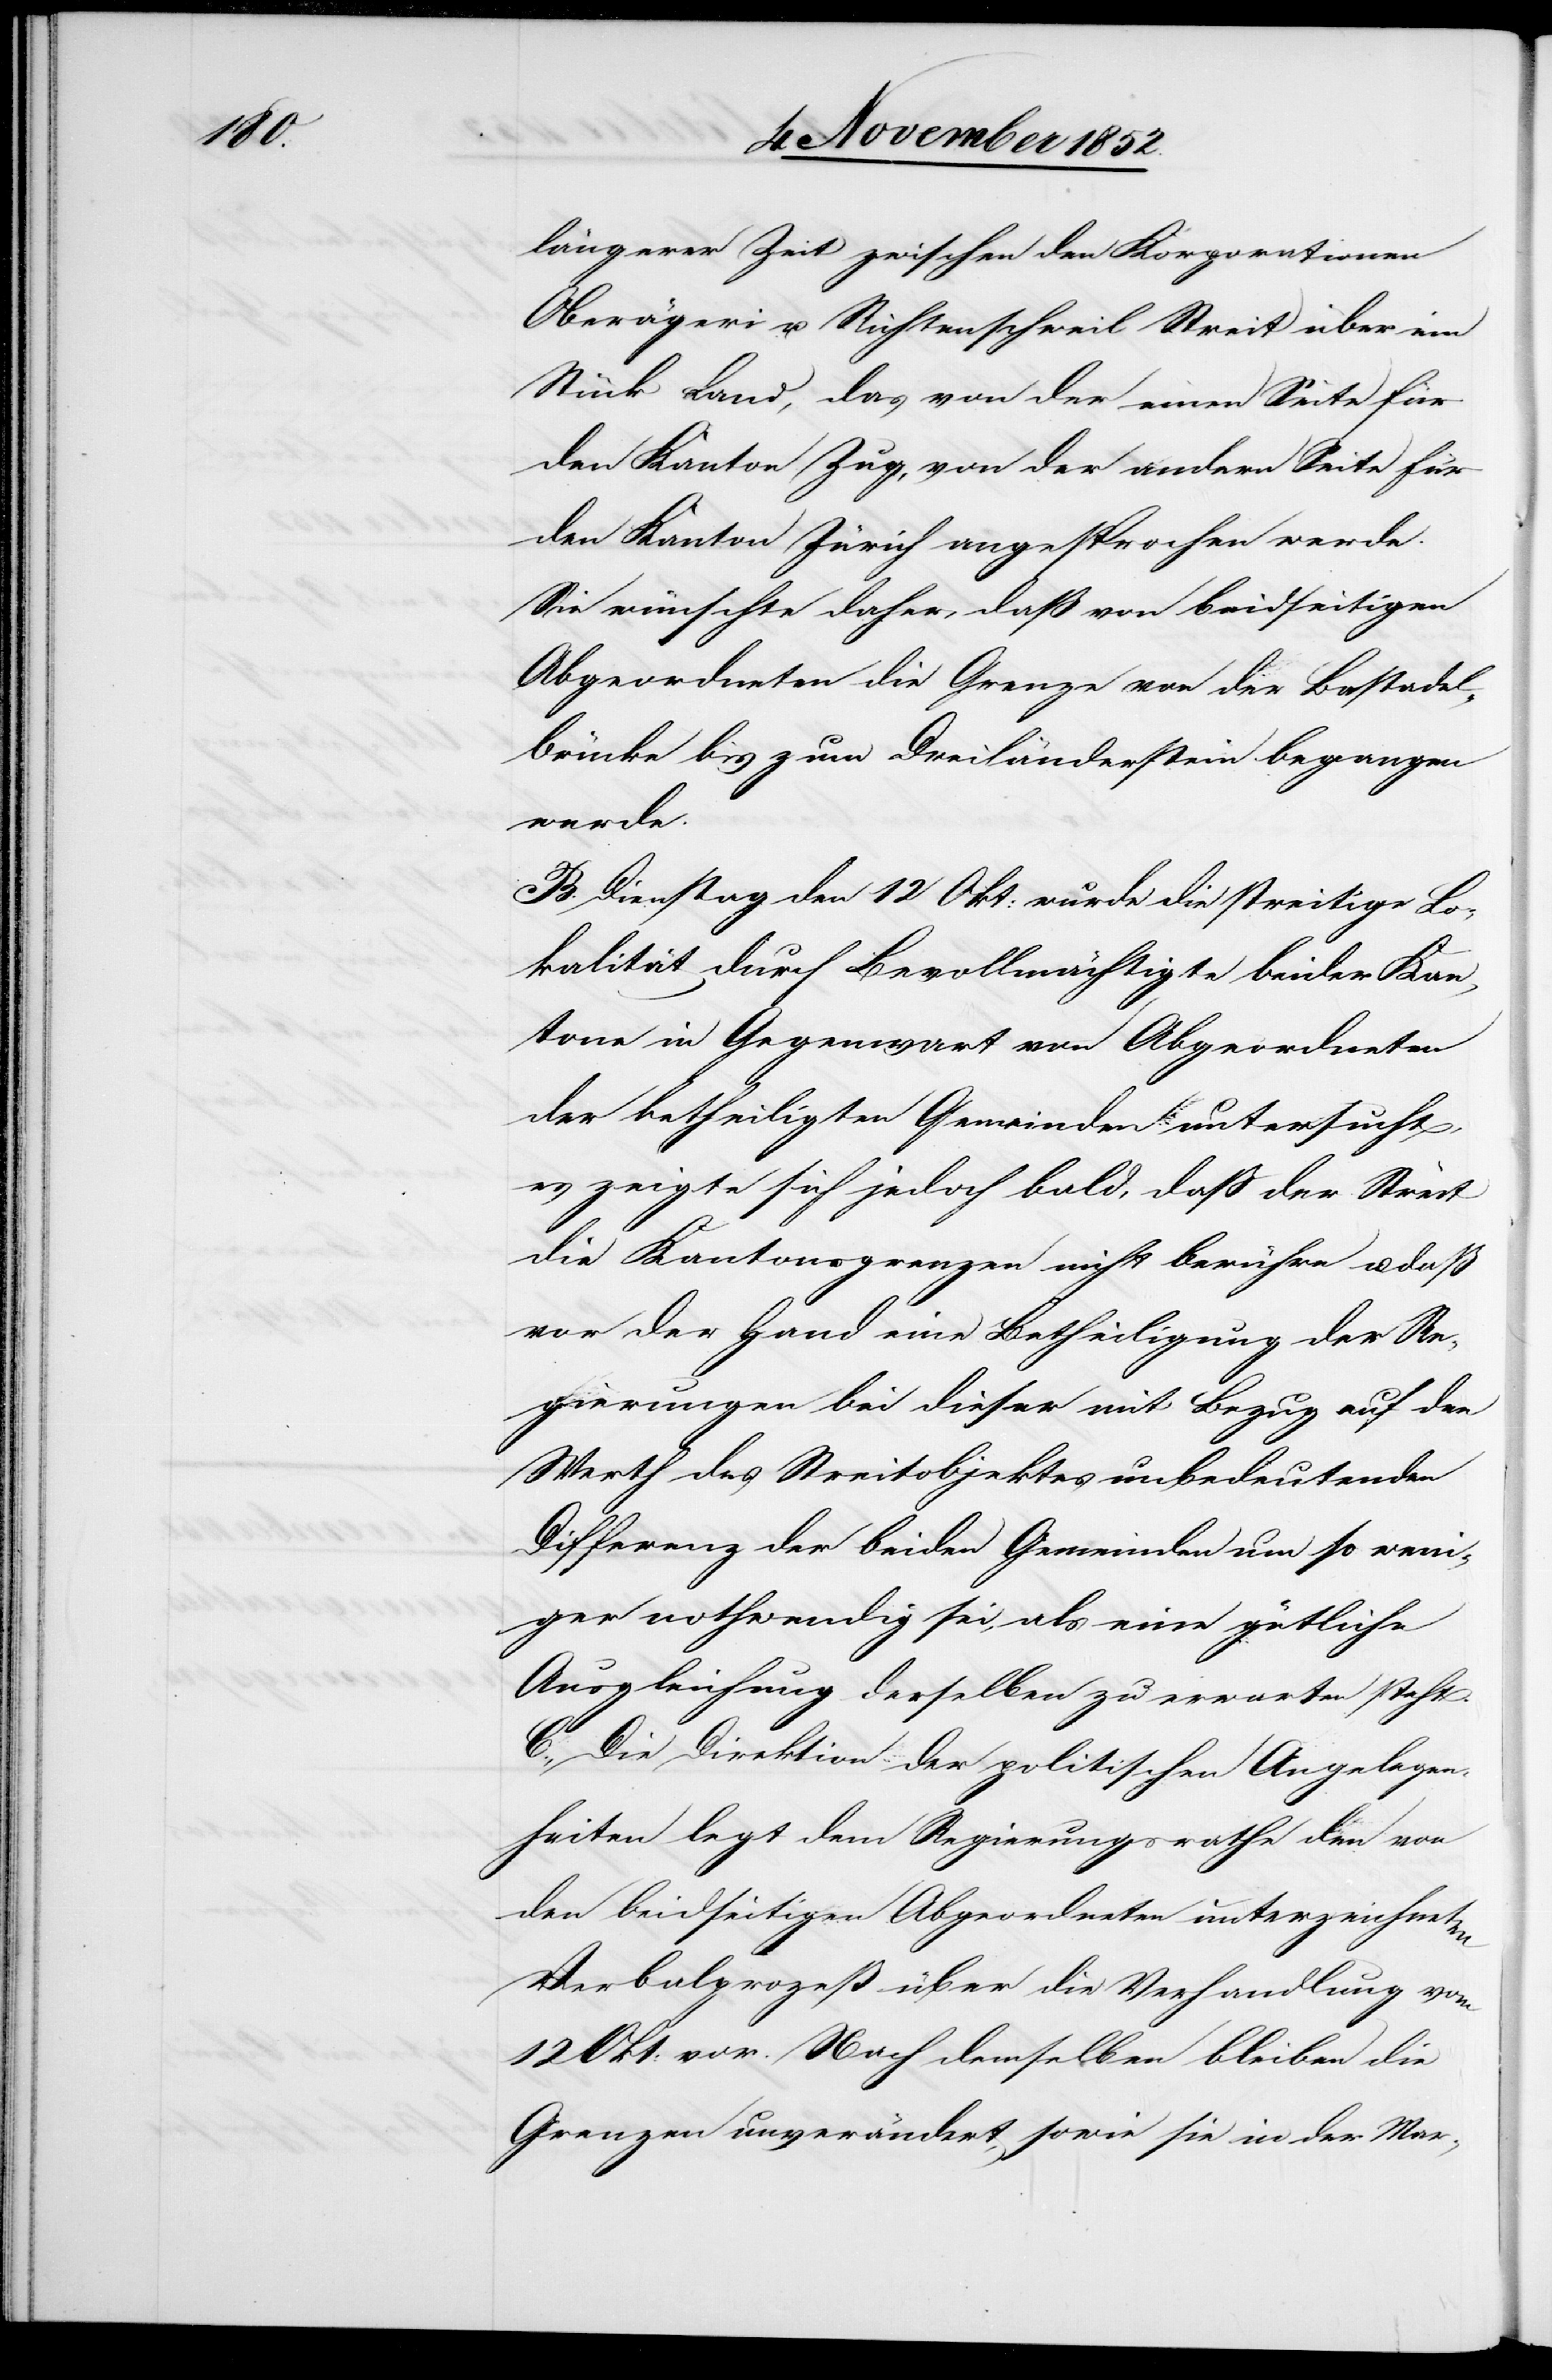
längerer Zeit zwischen den Korporationen
Oberägeri u. Richtenschweil Streit über ein
Stück Land, das von der einen Seite für
den Kanton Zug, von der andern Seite für
den Kanton Zürich angesprochen werde.
Sie wünschte daher, daß von beidseitigen
Abgeordneten die Grenze von der Bastadel¬
brücke bis zum Dreiländerstein begangen
werde.
B. Dienstag den 12 Okt: wurde die streitige Lo¬
kalität durch Bevollmächtigte beider Kan¬
tone in Gegenwart von Abgeordneten
der betheiligten Gemeinden untersucht,
es zeigte sich jedoch bald, daß der Streit
die Kantonsgrenzen nicht berühre u. daß
vor der Hand eine Betheiligung der Re¬
gierungen bei dieser mit Bezug auf den
Werth des Streitobjektes unbedeutenden
Differenz der beiden Gemeinden um so weni¬
ger nothwendig sei, als eine gütliche
Ausgleichung derselben zu erwarten steht.
C., Die Direktion der politischen Angelegen¬
heiten legt dem Regierungsrathe den von
den beidseitigen Abgeordneten unterzeichneten
Verbalprozeß über die Verhandlung vom
12 Okt: vor. Nach demselben bleiben die
Grenzen unverändert, sowie sie in der Mar-